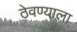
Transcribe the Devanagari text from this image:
ठेवण्याला